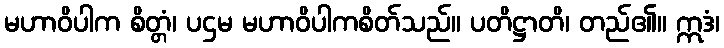
မဟာဝိပါက စိတ္တံ၊ ပဌမ မဟာဝိပါကစိတ်သည်။ ပတိဋ္ဌာတိ၊ တည်၏။ ဣဒံ၊